Report on vaccination in Madras 1922-1929 - 1922-1929
Year: 1922
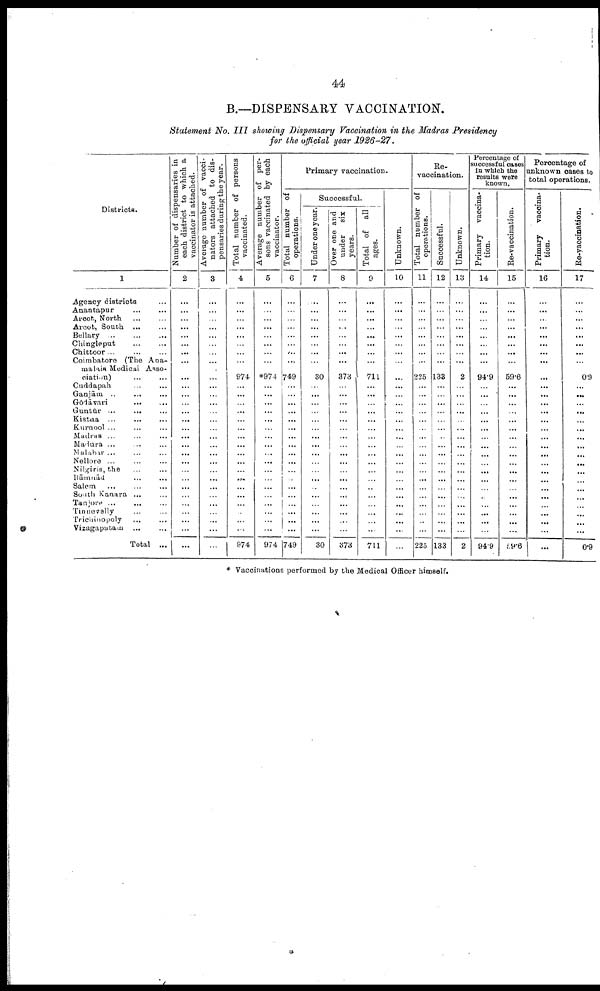
44
B.—DISPENSARY VACCINATION.
Statement No. III showing Dispensary Vaccination in the Madras Presidency
for the official year 1926-27.
Districts.
1
Agency districts... ... ...
Anantapur... ... ...
Arcot, North... ... ...
Arcot, South... ... ... ...
Bellary...
...
...
Chingleput...
...
...
Chittoor... ... ... ...
Coimbatore (The Ana-
malais Medical Asso
ciation)
Cuddapah... ... ...
Ganjām... ... ...
Gōdāvari...
...
...
Guntūr... ... ... ...
Kistna... ... ... ...
Kurnool... ... ... ...
Madras... ... ... ...
Madura... ... ... ...
Malabar... ... ... ...
Nellore... ... ... ...
Nilgiris, the... ... ... ...
Kāmād... ... ... ...
Salem... ... ... ...
South Kanara... ... ...
Tanjore... ... ...
Tinnevelly... ... ...
Trichinopoly... ... ...
Vizagaptam... ... ...
Total ...
Number of dispensaries in
each district to which a
vaccinator is attached.
2
...
...
...
...
...
...
...
...
...
...
...
...
...
...
...
...
...
...
...
...
...
...
...
...
...
...
...
...
Average number of vacci-
nators attached to dis
pensaries during the year.
3
...
...
...
...
...
...
...
...
...
...
...
...
...
...
...
...
...
...
...
...
...
...
...
...
...
...
...
...
Total number of persons
vaccinated.
4
...
...
...
...
...
...
...
...
974
...
...
...
...
...
...
...
...
...
...
...
...
...
...
...
...
...
...
974
Average number of per
sons vaccinated by each
vaccinator.
5
...
...
...
...
...
...
...
...
*974
...
...
...
...
...
...
...
...
...
...
...
...
...
...
...
...
...
...
974
Primary vaccination.
Total number of
operations.
6
...
...
...
...
...
...
...
...
749
...
...
...
...
...
...
...
...
...
...
...
...
...
...
...
...
...
...
749
Successful.
Under one year.
7
...
...
...
...
...
...
...
...
30
...
...
...
...
...
...
...
...
...
...
...
...
...
...
...
...
...
...
30
Over one and
under six
years.
8
...
...
...
...
...
...
...
...
373
...
...
...
...
...
...
...
...
...
...
...
...
...
...
...
...
...
...
373
Total of all
ages.
9
...
...
...
...
...
...
...
...
711
...
...
...
...
...
...
...
...
...
...
...
...
...
...
...
...
...
...
711
Unknown.
10
...
...
...
...
...
...
...
...
...
...
...
...
...
...
...
...
...
...
...
...
...
...
...
...
...
...
...
...
Re-
vaccination.
Total number of
operations.
11
...
...
...
...
...
...
...
...
225
...
...
...
...
...
...
...
...
...
...
...
...
...
...
...
...
...
...
225
Successful.
12
...
...
...
...
...
...
...
...
133
...
...
...
...
...
...
...
...
...
...
...
...
...
...
...
...
...
...
133
Unknown.
13
...
...
...
...
...
...
...
...
2
...
...
...
...
...
...
...
...
...
...
...
...
...
...
...
...
...
...
2
Percentage of
successful cases
in which the
results were
known.
Primary vaccina-
tion.
14
...
...
...
...
...
...
...
...
94.9
...
...
...
...
...
...
...
...
...
...
...
...
...
...
...
...
...
...
94.9
Re-vaccination.
15
...
...
...
...
...
...
...
...
59.6
...
...
...
...
...
...
...
...
...
...
...
...
...
...
...
...
...
...
59.6
Percentage of
unknown cases to
total operations.
Primary vaccina
tion.
16
...
...
...
...
...
...
...
...
...
...
...
...
...
...
...
...
...
...
...
...
...
...
...
...
...
...
...
...
Re-
vaccination
17
...
...
...
...
...
...
...
...
0.9
...
...
...
...
...
...
...
...
...
...
...
...
...
...
...
...
...
...
0.9
* Vaccinations performed by the Medical Officer himself.